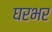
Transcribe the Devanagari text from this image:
घरभर